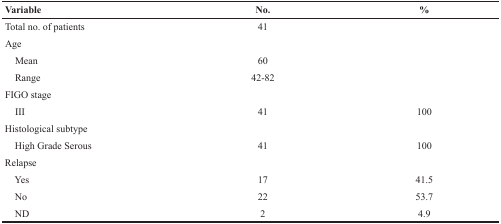
<table><thead><tr><td><b>Variable</b></td><td><b>No.</b></td><td><b>%</b></td></tr></thead><tbody><tr><td>Total no. of patients</td><td>41</td><td></td></tr><tr><td>Age</td><td></td><td></td></tr><tr><td> Mean</td><td>60</td><td></td></tr><tr><td> Range</td><td>42-82</td><td></td></tr><tr><td>FIGO stage</td><td></td><td></td></tr><tr><td> III</td><td>41</td><td>100</td></tr><tr><td>Histological subtype</td><td></td><td></td></tr><tr><td> High Grade Serous</td><td>41</td><td>100</td></tr><tr><td>Relapse</td><td></td><td></td></tr><tr><td> Yes</td><td>17</td><td>41.5</td></tr><tr><td> No</td><td>22</td><td>53.7</td></tr><tr><td> ND</td><td>2</td><td>4.9</td></tr></tbody></table>